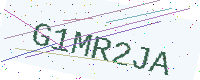
Text: G1MR2JA